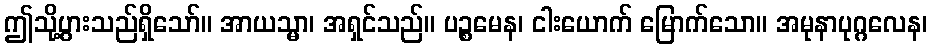
ဤသို့ပွားသည်ရှိသော်။ အာယသ္မာ၊ အရှင်သည်။ ပဉ္စမေန၊ ငါးယောက် မြောက်သော။ အမုနာပုဂ္ဂလေန၊